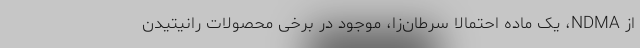
از NDMA، یک ماده احتمالا سرطان‌زا، موجود در برخی محصولات رانیتیدن